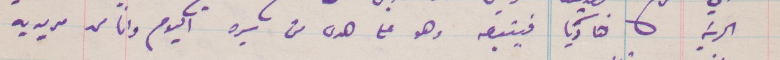
الحرية هاديا فيتبعه وهو على هدى من سيره اليوم وانا من مؤيديه